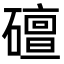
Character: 䃪